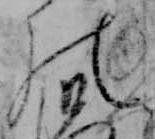
の